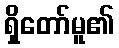
ရှိတော်မူ၏